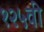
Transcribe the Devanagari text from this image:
१२५वी